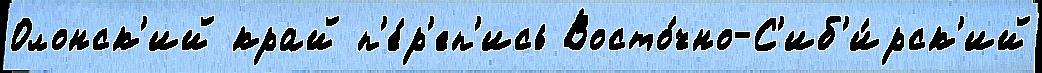
Олонск'ий край п'е́р'еп'ись Восто́чно-С'иб'и́рск'ий